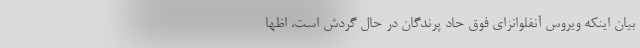
بیان اینکه ویروس آنفلوانزای فوق حاد پرندگان در حال گردش است، اظها